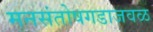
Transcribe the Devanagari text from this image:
मनसंतोषगडाजवळ